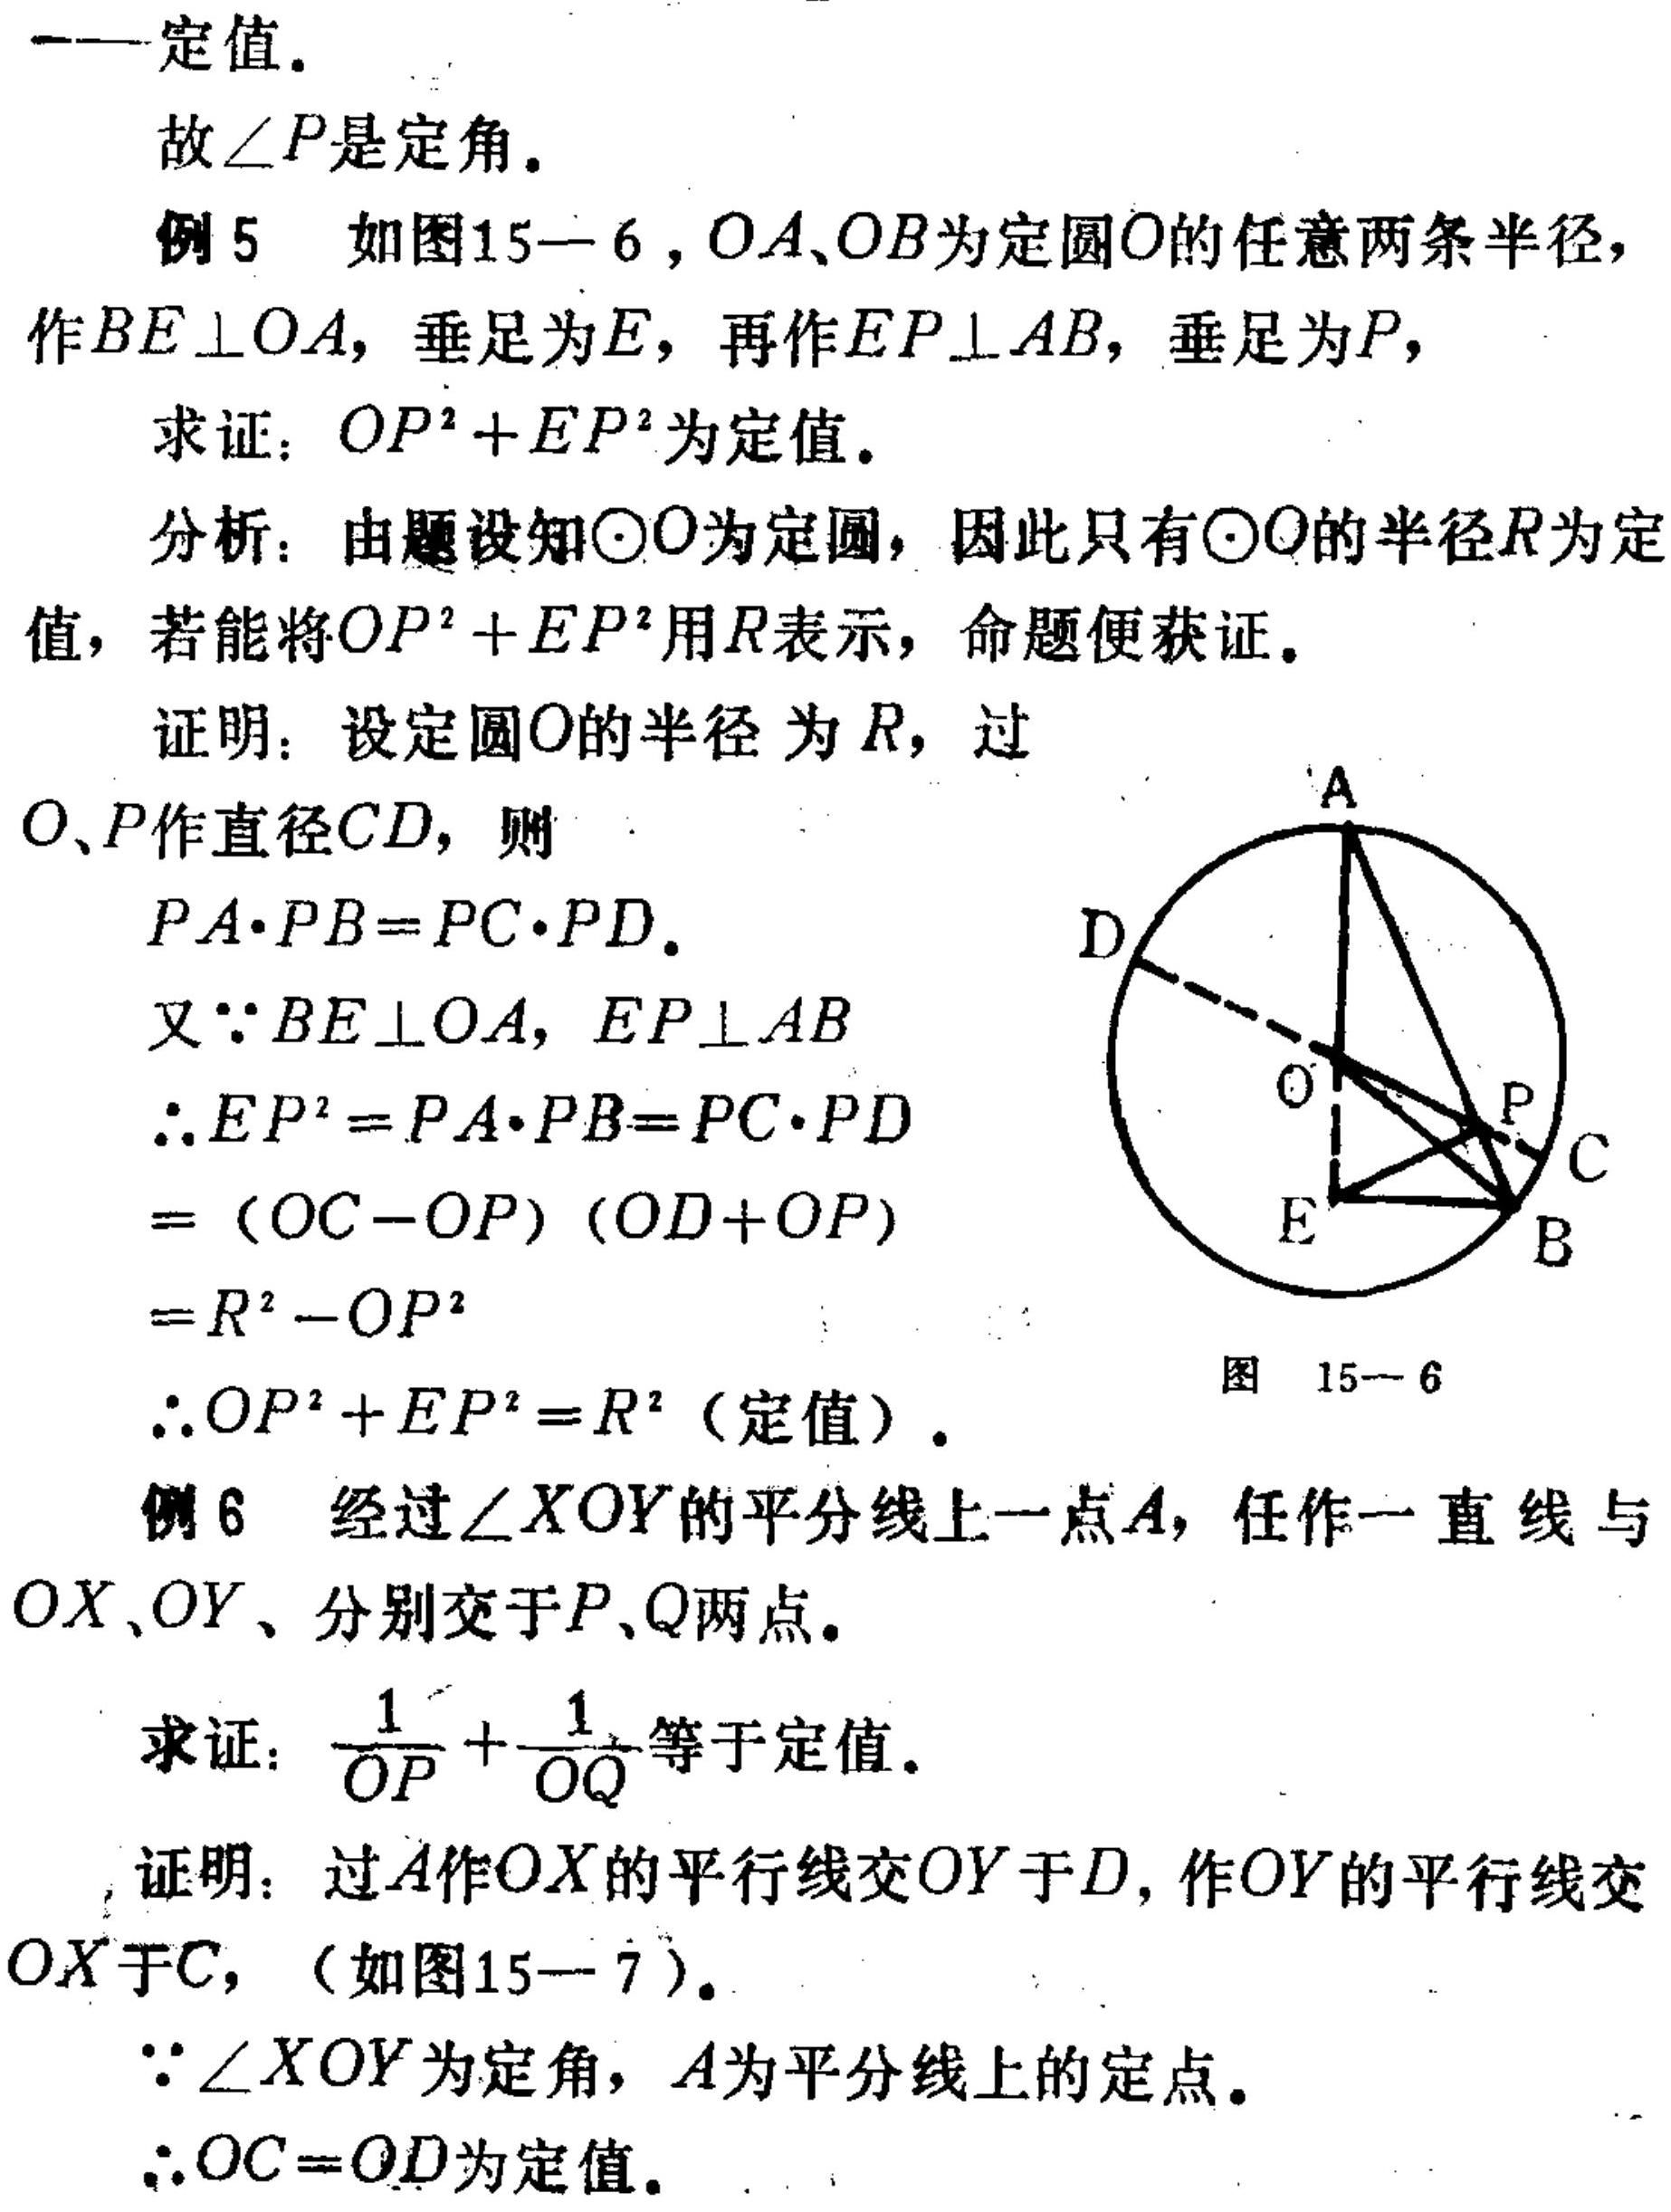
——定值．
故$\angle P$是定角．
例5 如图15 - 6，$OA、OB$为定圆$O$的任意两条半径，
作$BE\perp OA$，垂足为$E$，再作$EP\perp AB$，垂足为$P$，
求证：$OP^{2}+EP^{2}$为定值．
分析：由题设知$\odot O$为定圆，因此只有$\odot O$的半径$R$为定
值，若能将$OP^{2}+EP^{2}$用$R$表示，命题便获证．
证明：设定圆$O$的半径为$R$，过
$O、P$作直径$CD$，则
$PA\cdot PB = PC\cdot PD$．
又$\because BE\perp OA,EP\perp AB$
$\therefore EP^{2}=PA\cdot PB = PC\cdot PD$
$=(OC - OP)(OD + OP)$
$=R^{2}-OP^{2}$
$\therefore OP^{2}+EP^{2}=R^{2}$（定值）．
例6 经过$\angle XOY$的平分线上一点$A$，任作一直线与
$OX、OY$、分别交于$P、Q$两点．
求证：$\frac{1}{OP}+\frac{1}{OQ}$等于定值．
证明：过$A$作$OX$的平行线交$OY$于$D$，作$OY$的平行线交
$OX$于$C$，（如图15 - 7）．
$\because\angle XOY$为定角，$A$为平分线上的定点．
$\therefore OC = OD$为定值．